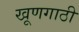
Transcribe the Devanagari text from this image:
खूणगाठी